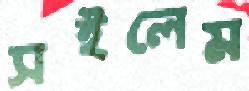
সইলেম